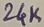
Text: 24K